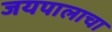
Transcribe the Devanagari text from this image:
जयपालाचा